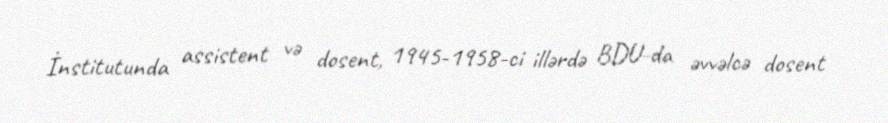
İnstitutunda assistent və dosent, 1945-1958-ci illərdə BDU-da əvvəlcə dosent